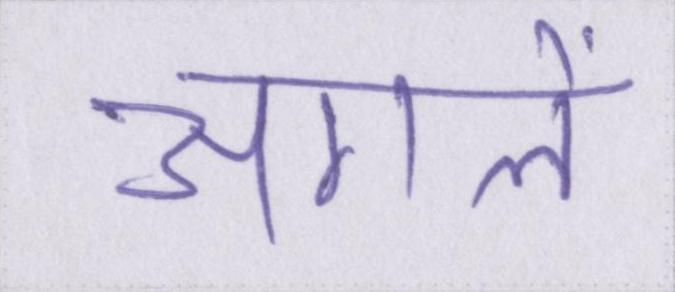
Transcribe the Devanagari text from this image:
अगले